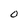
Character: 0